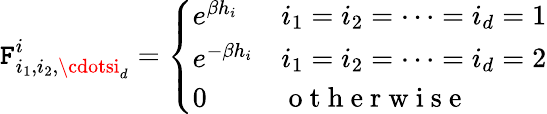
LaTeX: \mathtt{F}_{i_{1},i_{2},\cdotsi_{d}}^{i}=\left\{ \begin{array}{ll}{e^{\beta h_{i}}}&{i_{1}=i_{2}=\cdots=i_{d}=1}\\ {e^{-\beta h_{i}}}&{i_{1}=i_{2}=\cdots=i_{d}=2}\\ {0}&{\mathrm{~o~t~h~e~r~w~i~s~e~}}\end{array}\right.